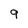
Character: 9